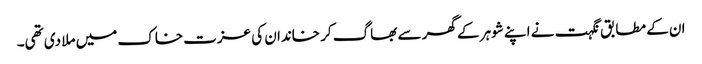
ان کے مطابق نگہت نے اپنے شوہر کے گھر سے بھاگ کر خاندان کی عزت خاک میں ملا دی تھی۔